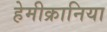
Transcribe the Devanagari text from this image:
हेमीक्रानिया